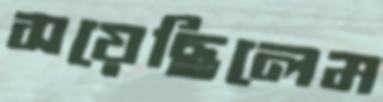
সয়েছিলেম